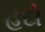
હદો